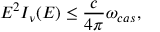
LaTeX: E ^ { 2 } I _ { \nu } ( E ) \leq \frac { c } { 4 \pi } \omega _ { c a s } ,